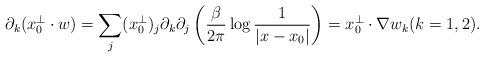
LaTeX: \begin{align*}\partial_k (x_0^\perp\cdot w)=\sum_j(x_0^\perp)_j \partial_k\partial_j\left(\frac{\beta}{2\pi}\log\frac{1}{|x-x_0|}\right)=x_0^\perp\cdot\nabla w_k (k=1,2).\end{align*}